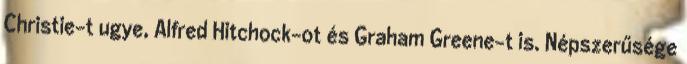
Christie-t ugye, Alfred Hitchock-ot és Graham Greene-t is. Népszerűsége